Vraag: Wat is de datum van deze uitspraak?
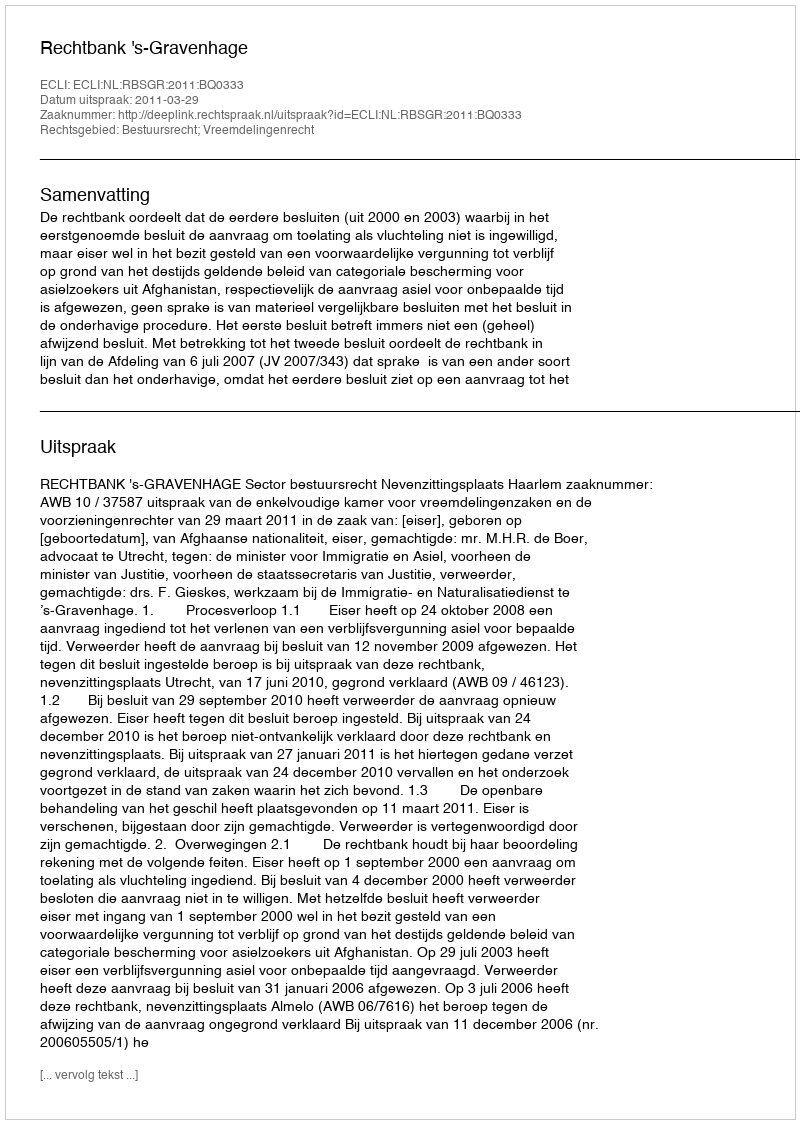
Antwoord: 2011-03-29